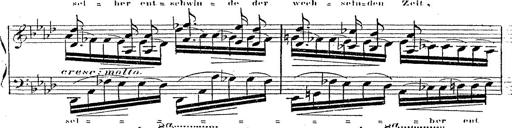
Title: 12 Lieder von Franz Schubert
Composer: Franz Liszt